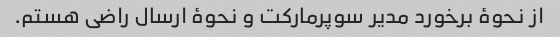
از نحوۀ برخورد مدیر سوپرمارکت و نحوۀ ارسال راضی هستم.